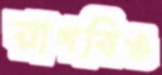
রাগবিও